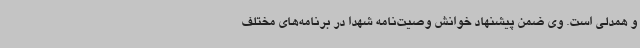
و همدلی است. وی ضمن پیشنهاد خوانش وصیت‌نامه شهدا در برنامه‌های مختلف